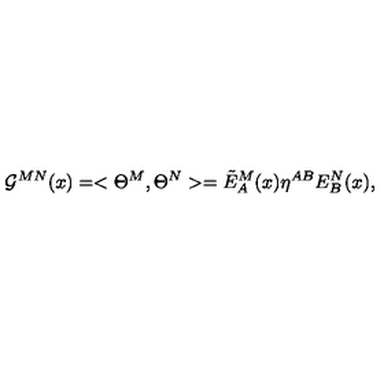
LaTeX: { \cal G } ^ { M N } ( x ) = < \Theta ^ { M } , \Theta ^ { N } > = { \tilde { E } } _ { A } ^ { M } ( x ) \eta ^ { A B } E _ { B } ^ { N } ( x ) ,